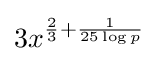
3x^{{\frac {2}{3}}+{\frac {1}{25\log p}}}